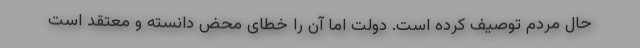
حال مردم توصیف کرده است. دولت اما آن را خطای محض دانسته و معتقد است